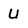
Character: u